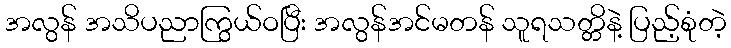
အလွန် အသိပညာကြွယ်ဝပြီး အလွန်အင်မတန် သူရသတ္တိနဲ့ ပြည့်စုံတဲ့